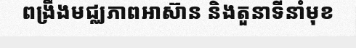
ពង្រឹងមជ្ឈភាពអាស៊ាន និងតួនាទីនាំមុខ